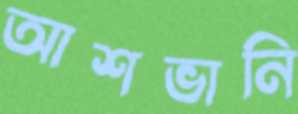
আশভানি